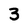
Character: 3